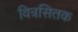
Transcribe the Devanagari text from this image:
वित्रसितक